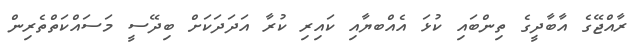
ރާއްޖޭގެ އާބާދީގެ ތިންބައި ކުޅަ އެއްބޔާއި ކައިރި ކުރާ އަދަދަކަށް ބިދޭސީ މަސައްކަތްތެރިން